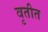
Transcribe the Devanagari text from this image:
वृतीत